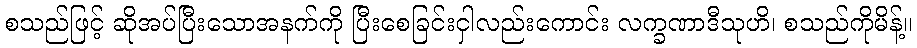
စသည်ဖြင့် ဆိုအပ်ပြီးသောအနက်ကို ပြီးစေခြင်းငှါလည်းကောင်း လက္ခဏာဒီသုဟိ၊ စသည်ကိုမိန့်။